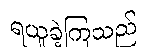
ရယူခဲ့ကြသည်